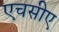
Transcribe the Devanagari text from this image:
एचसीए